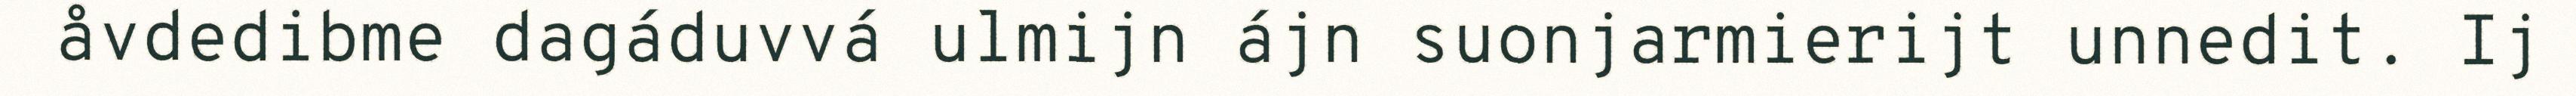
åvdedibme dagáduvvá ulmijn ájn suonjarmierijt unnedit. Ij